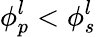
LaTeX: \phi_{p}^{l}<\phi_{s}^{l}